Annual vaccination report of Bihar and Orissa - 1911-1928
Year: 1911
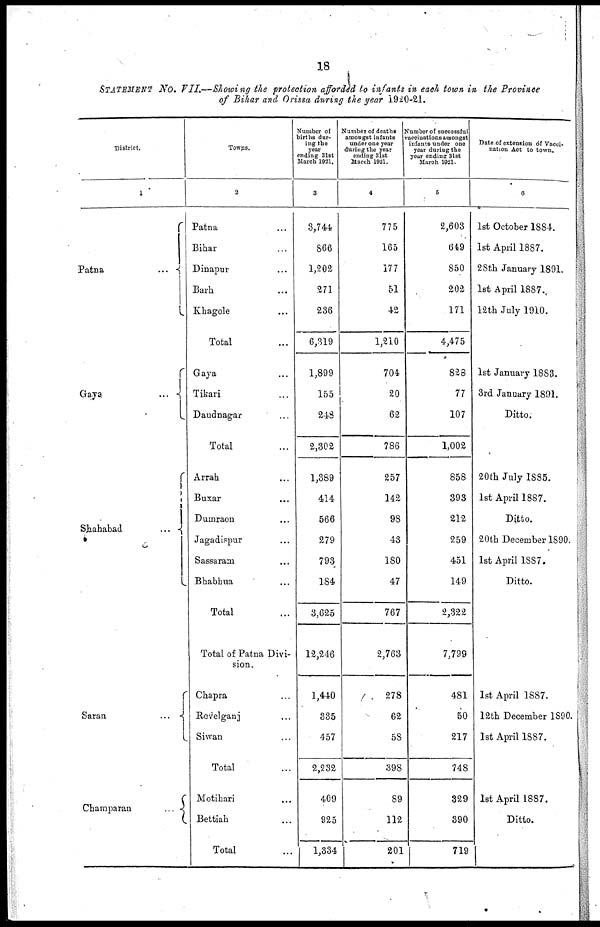
18
STATEMENT No. VII.—Showing the protection afforded to infants in each town in the Province
of Bihar and Orissa during the year 1920-21.
District.
1
Patna...
...
Gaya...
...
Shahabad
...
...
Saran...
...
Champaran...
Towns.
2
Patna... ...
Bihar... ...
Dinapur... ...
Barh... ...
Khagole... ...
Total...
Gaya... ...
Tikari... ...
Daudnagar... ...
Total...
Arrah... ...
Buxar... ...
Dumraon... ...
Jagadispur... ...
Sassaram... ...
Bhabhua... ...
Total...
Total of Patna Divi-
sion.
Chapra... ...
Revelganj ... ...
Siwan... ...
Total...
Motihari... ...
Bettiah... ...
Total...
Number of
births dur-
ing the
year
ending 31st
March 1921.
3
3,744
866
1,202
371
236
6,319
1,899
155
248
2,302
1,389
414
566
279
793
184
3,625
12,246
1,440
335
457
2,232
409
925
1,334
Number of deaths
amongst infants
under one year
during the year
ending 31st
March 1921.
4
775
165
177
51
42
1,210
704
20
62
786
257
142
98
43
180
47
767
2,763
278
62
58
398
89
112
201
Number of successful
vaccinations amongst
infants under one
year during the
year ending 31st
March 1921.
5
2,603
649
850
202
171
4,475
828
77
107
1,002
858
393
212
259
451
149
2,322
7,799
481
50
217
748
329
390
719
Date of extension of Vacci-
nation Act to town.
6
1st October 1884.
1st April 1887.
28th January 1891.
1st April 1887.
12th July 1910.
1st January 1883.
3rd January 1891.
Ditto.
20th July 1885.
1st April 1887.
Ditto.
20th December 1890.
1st April 1887.
Ditto.
1st April 1887.
12th December 1890.
1st April 1887.
1st April 1887.
Ditto.